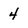
Character: 4